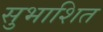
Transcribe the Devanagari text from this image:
सुभाशित